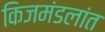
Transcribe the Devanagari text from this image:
किजमंडलांत